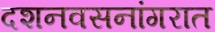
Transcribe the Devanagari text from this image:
दशनवसनांगरात